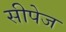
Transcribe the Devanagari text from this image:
सीपेज